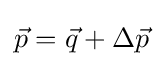
{\vec {p}}={\vec {q}}+\Delta {\vec {p}}